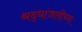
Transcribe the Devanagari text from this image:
श्रद्धांजलीच्या